Plague in India, 1896, 1897 - Volume 1
Year: 1896
Disease focus: Plague
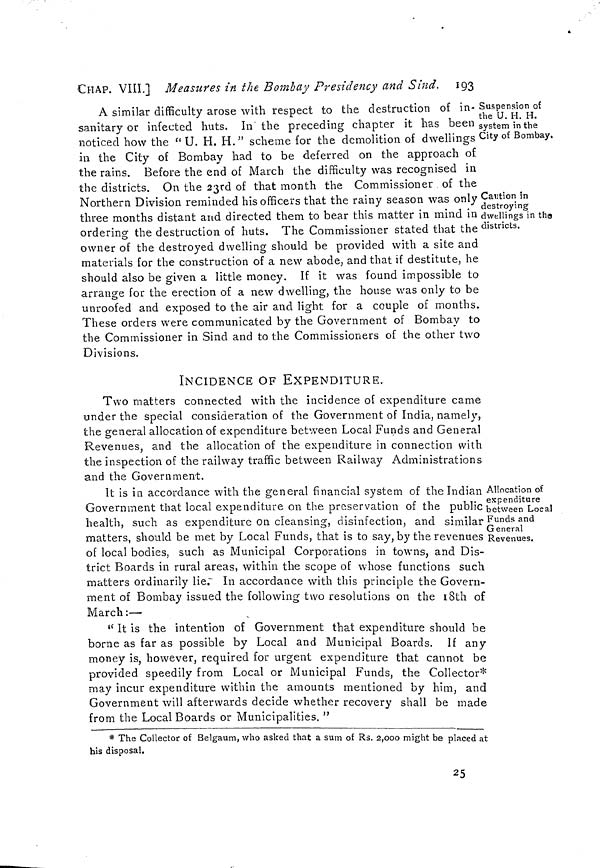
CHAP. VIII.] Measures in the Bombay Presidency and Sind. 193
Suspension of
the U. H. H.
system in the
City of Bombay,
Caution in
destroying
dwellings in the
districts.
A similar difficulty arose with respect to the destruction of in-
sanitary or infected huts. In the preceding chapter it has been
noticed how the " U. H. H." scheme for the demolition of dwellings
in the City of Bombay had to be deferred on the approach of
the rains. Before the end of March the difficulty was recognised in
the districts. On the 23rd of that month the Commissioner of the
Northern Division reminded his officers that the rainy season was only
three months distant and directed them to bear this matter in mind in
ordering the destruction of huts. The Commissioner stated that the
owner of the destroyed dwelling should be provided with a site and
materials for the construction of a new abode, and that if destitute, he
should also be given a little money. If it was found impossible to
arrange for the erection of a new dwelling, the house was only to be
unroofed and exposed to the air and light for a couple of months.
These orders were communicated by the Government of Bombay to
the Commissioner in Sind and to the Commissioners of the other two
Divisions.
INCIDENCE OF EXPENDITURE.
Two matters connected with the incidence of expenditure came
under the special consideration of the Government of India, namely,
the general allocation of expenditure between Local Funds and General
Revenues, and the allocation of the expenditure in connection with
the inspection of the railway traffic between Railway Administrations
and the Government.
Allocation of
expenditure
between Local
Funds and
General
Revenues.
It is in accordance with the general financial system of the Indian
Government that local expenditure on the preservation of the public
health, such as expenditure on cleansing, disinfection, and similar
matters, should be met by Local Funds, that is to say, by the revenues
of local bodies, such as Municipal Corporations in towns, and Dis-
trict Boards in rural areas, within the scope of whose functions such
matters ordinarily lie. In accordance with this principle the Govern-
ment of Bombay issued the following two resolutions on the 18th of
March:—
" It is the intention of Government that expenditure should be
borne as far as possible by Local and Municipal Boards. If any
money is, however, required for urgent expenditure that cannot be
provided speedily from Local or Municipal Funds, the Collector*
may incur expenditure within the amounts mentioned by him, and
Government will afterwards decide whether recovery shall be made
from the Local Boards or Municipalities. "
* The Collector of Belgaum, who asked that a sum of Rs. 2,000 might be placed at
his disposal.
25